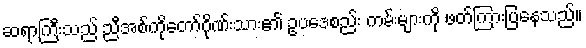
ဆရာကြီးသည် ညီအစ်ကိုတော်ဂိုဏ်းသား၏ ဥပဒေစည်း ကမ်းများကို ဖတ်ကြားပြနေသည်။